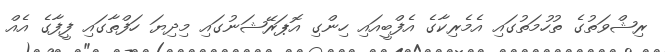
ރިޝްވަތުގެ ތުހުމަތުގައި އެމެރިކާގެ އެފްބީއައި ހިންގި އޮޕަރޭޝަނުގައި މިދިޔަ ހަފްތާގައި ފީފާގެ އެއް